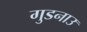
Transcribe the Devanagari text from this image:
गुडनाउ